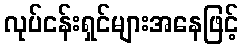
လုပ်ငန်းရှင်များအနေဖြင့်